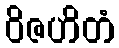
ဝိဇဟိတံ